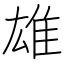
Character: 雄